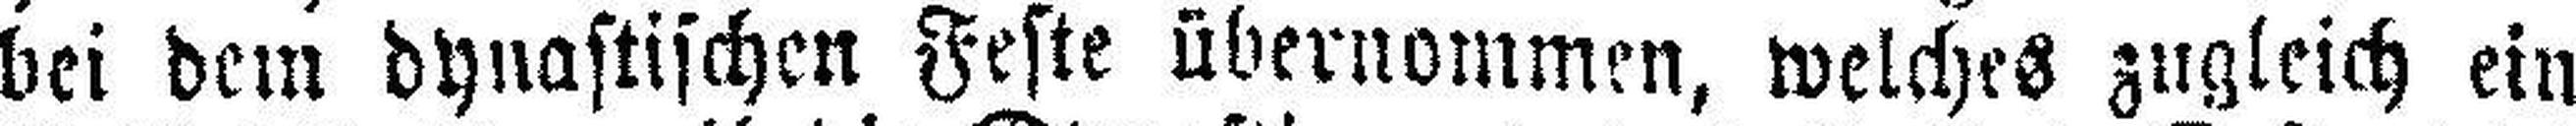
bei dem dynastischen Feste übernommen, welches zugleich ein